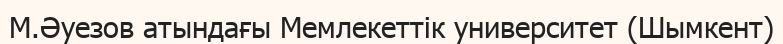
М.Әуезов атындағы Мемлекеттік университет (Шымкент)